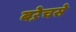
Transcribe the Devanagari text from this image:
बऱेचसे